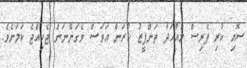
ސޮއި ކުރި ޕެރިސް މުއާހަދާ ތަންފީޒު ކުރަން އަވަސް ވެގަންނަން ޖެހިއްޖެ ކަމަށެވެ.